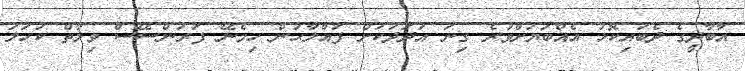
އާބާދީގެ ދެބައިކޮޅު އެއްބަޔަށްވުރެ ގިނަ އަދަދަކަށް ފައްލާޙުން ހިމެނޭ ފަރަންސޭސް ވިލާތް ކަހަލަ